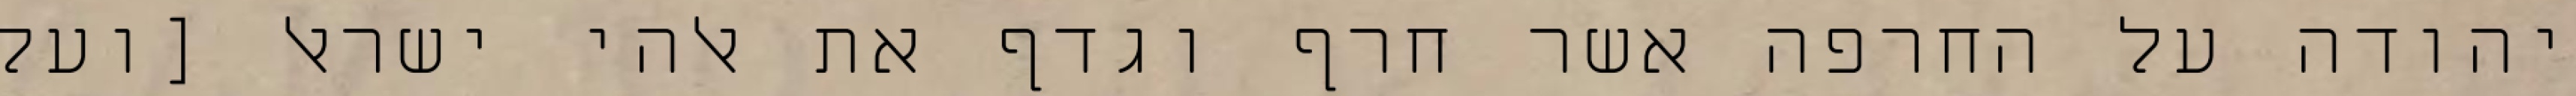
יהודה על החרפה אשר חרף וגדף את אלהי ישראל [ועל